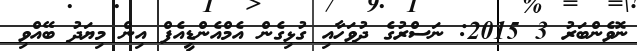
ނޮވެންބަރު 3 2015: ނަސްރުގެ ދުވަހާއި ގުޅިގެން އެމްއެންޑީއެފް އިން މިޔަދު ބޭއްވި